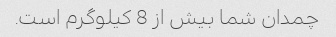
چمدان شما بیش از 8 کیلوگرم است.